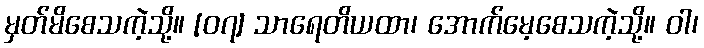
မှတ်မိစေသကဲ့သို့။ [၀၇] သာရေတိယထာ၊ အောက်မေ့စေသကဲ့သို့။ ဝါ၊